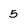
Character: 5